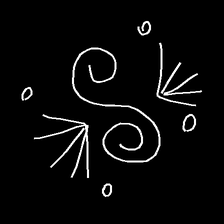
Glyph: aeroform